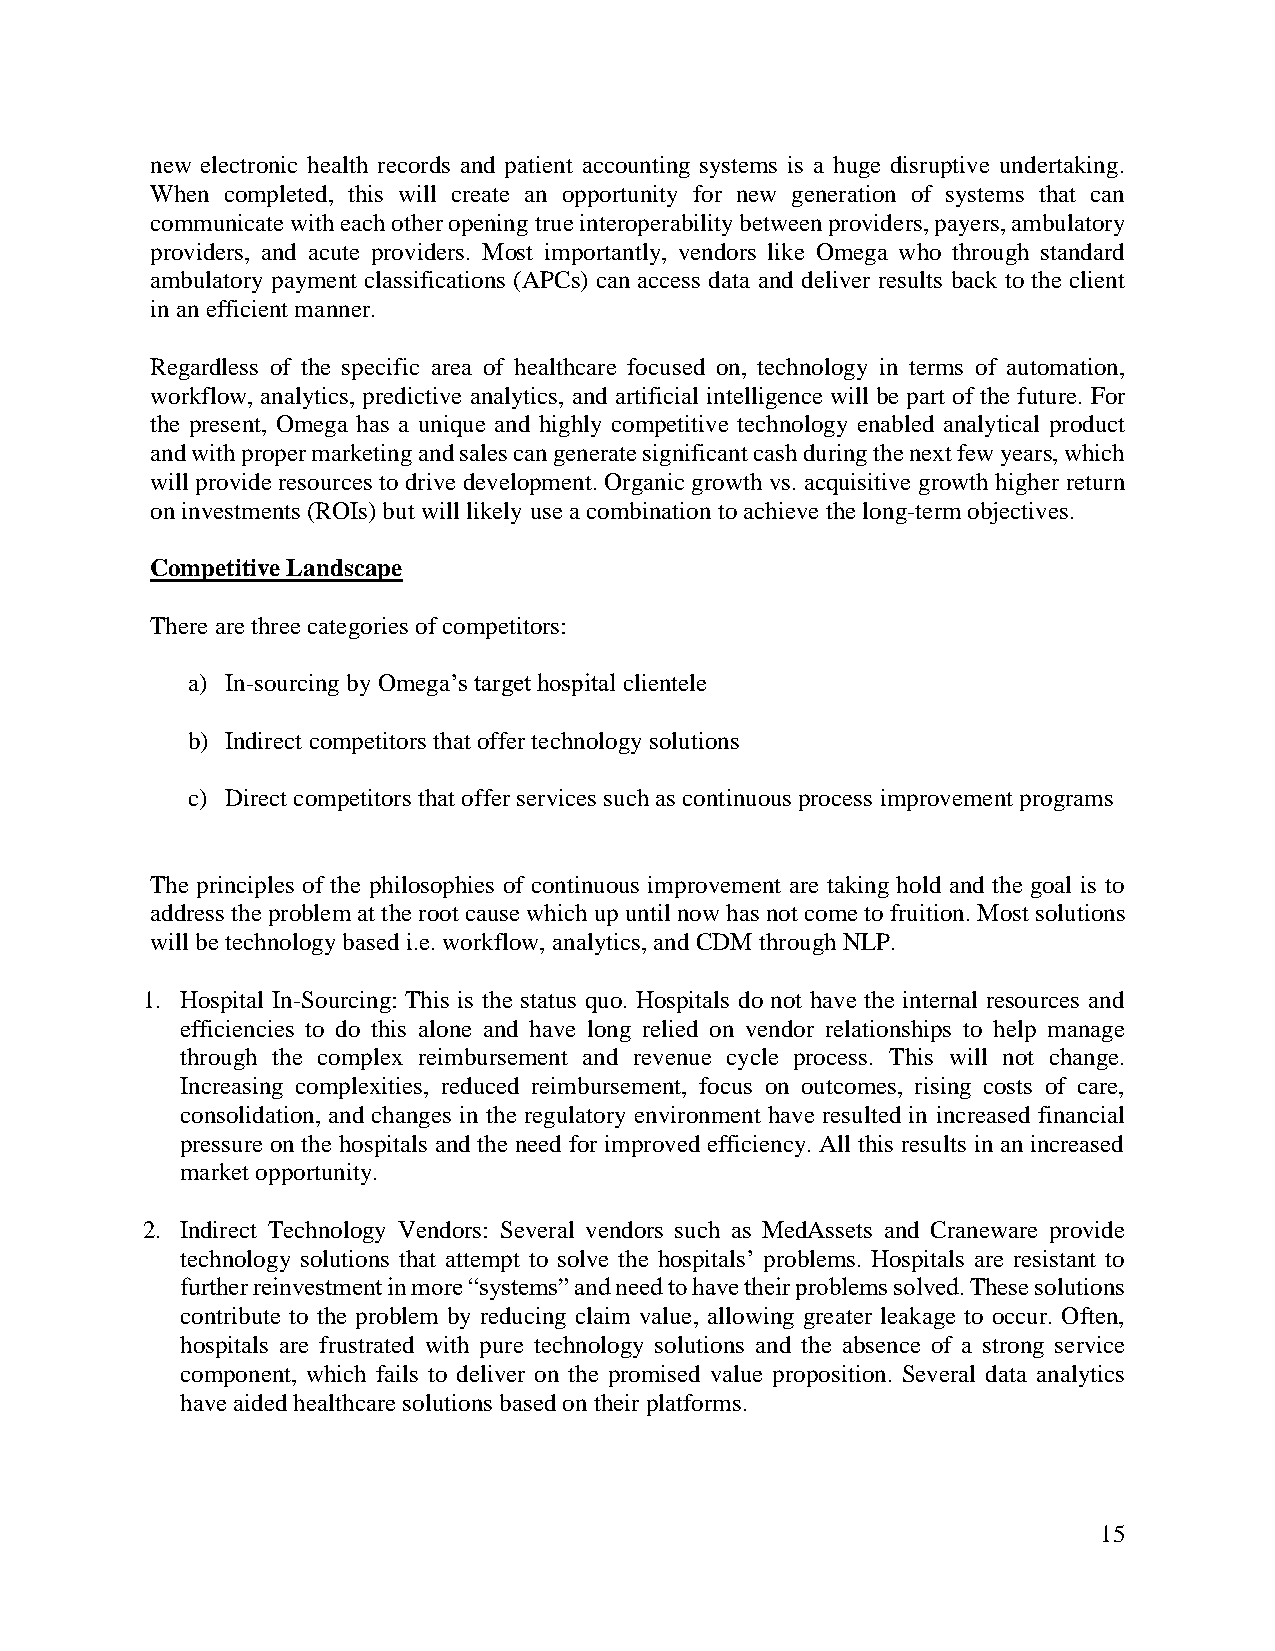
new electronic health records and patient accounting systems is a huge disruptive undertaking.
 When completed, this will create an opportunity for new generation of systems that can
 communicate with each other opening true interoperability between providers, payers, ambulatory
 providers, and acute providers. Most importantly, vendors like Omega who through standard
 ambulatory payment classifications (APCs) can access data and deliver results back to the client
 in an efficient manner.
 Regardless of the specific area of healthcare focused on, technology in terms of automation,
 workflow, analytics, predictive analytics, and artificial intelligence will be part of the future. For
 the present, Omega has a unique and highly competitive technology enabled analytical product
 and with proper marketing and sales can generate significant cash during the next few years, which
 will provide resources to drive development. Organic growth vs. acquisitive growth higher return
 on investments (ROIs) but will likely use a combination to achieve the long-term objectives.
 Competitive Landscape
 There are three categories of competitors:
 a) In-sourcing by Omega’s target hospital clientele
 b) Indirect competitors that offer technology solutions
 c) Direct competitors that offer services such as continuous process improvement programs
 The principles of the philosophies of continuous improvement are taking hold and the goal is to
 address the problem at the root cause which up until now has not come to fruition. Most solutions
 will be technology based i.e. workflow, analytics, and CDM through NLP.
 1. Hospital In-Sourcing: This is the status quo. Hospitals do not have the internal resources and
 efficiencies to do this alone and have long relied on vendor relationships to help manage
 through the complex reimbursement and revenue cycle process. This will not change.
 Increasing complexities, reduced reimbursement, focus on outcomes, rising costs of care,
 consolidation, and changes in the regulatory environment have resulted in increased financial
 pressure on the hospitals and the need for improved efficiency. All this results in an increased
 market opportunity.
 2. Indirect Technology Vendors: Several vendors such as MedAssets and Craneware provide
 technology solutions that attempt to solve the hospitals’ problems. Hospitals are resistant to
 further reinvestment in more “systems” and need to have their problems solved. These solutions
 contribute to the problem by reducing claim value, allowing greater leakage to occur. Often,
 hospitals are frustrated with pure technology solutions and the absence of a strong service
 component, which fails to deliver on the promised value proposition. Several data analytics
 have aided healthcare solutions based on their platforms.
 15